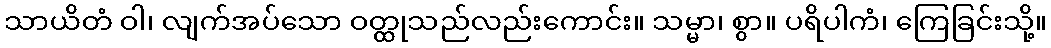
သာယိတံ ဝါ၊ လျက်အပ်သော ဝတ္ထုသည်လည်းကောင်း။ သမ္မာ၊ စွာ။ ပရိပါကံ၊ ကြေခြင်းသို့။